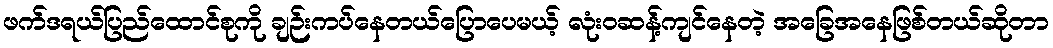
ဖက်ဒရယ်ပြည်ထောင်စုကို ချဉ်းကပ်နေတယ်ပြောပေမယ့် လုံးဝဆန့်ကျင်နေတဲ့ အခြေအနေဖြစ်တယ်ဆိုတာ